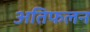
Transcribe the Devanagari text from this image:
अतिफलन